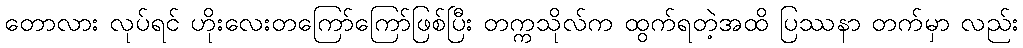
တောလား လုပ်ရင် ဟိုးလေးတကြော်ကြော်ဖြစ်ပြီး တက္ကသိုလ်က ထွက်ရတဲ့အထိ ပြဿနာ တက်မှာ လည်း